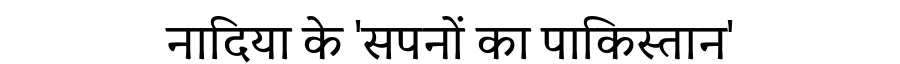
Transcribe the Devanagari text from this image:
नादिया के 'सपनों का पाकिस्तान'